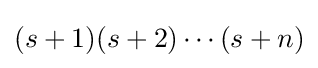
(s+1)(s+2)\cdots (s+n)